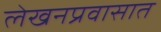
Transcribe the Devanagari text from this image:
लेखनप्रवासात